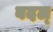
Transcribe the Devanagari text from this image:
बदल्